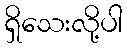
ရှိသေးလို့ပါ